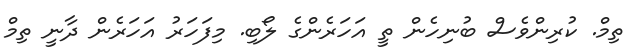
ތިމް. ކުރިންވެސް ބުނިހެން ތީ އަހަރެންގެ ލޯބި. މިފަހަރު އަހަރެން ދާނީ ތިމް